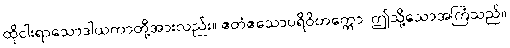
ထိုငါးရာသောဒါယကာတို့အားလည်း။ ဧတံဧသောပရိဝိတက္ကော၊ ဤသို့သောအကြံသည်။